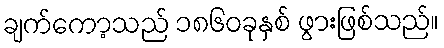
ချက်ကော့သည် ၁၈၆၀ခုနှစ် ဖွားဖြစ်သည်။